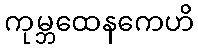
ကုမ္ဘထေနကေဟိ